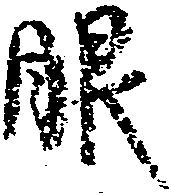
眼